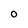
Character: O